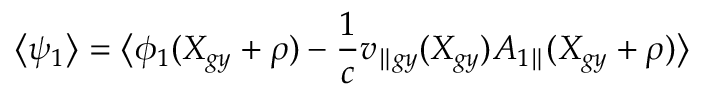
\left\langle \psi _ { 1 } \right\rangle = \bigl \langle \phi _ { 1 } ( X _ { g y } + \rho ) - \frac { 1 } { c } v _ { \parallel g y } ( X _ { g y } ) { A } _ { 1 \parallel } ( X _ { g y } + \rho ) \bigr \rangle